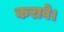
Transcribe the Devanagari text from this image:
करावे।